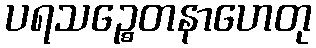
ပရသဉ္စေတနာဟေတု